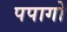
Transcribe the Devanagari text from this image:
पपागो